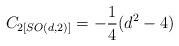
LaTeX: \begin{align*}C_{2\left[ SO(d,2)\right] }=-\frac{1}{4}(d^{2}-4)\end{align*}